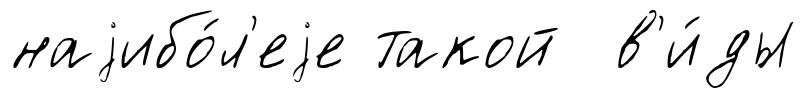
наjибо́л'еjе такой в'и́ды